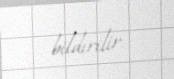
bildirilir.